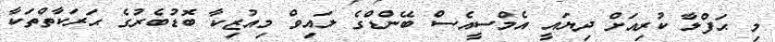
މި ޙަފްލާ ކުރިއަށް ދިޔައީ އެމްސީއެސް ބޭންޑްގެ ލައިވް މިއުޒިކާ ބޮޑުބެރުގެ ޙަރަކާތްތަކާ